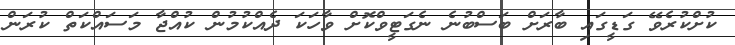
ކުށްކުރެވޭ ގަޑީގައި ބާރަށް ބަސްބުނެ ނެގަޓީވްކޮށް ވާހަކަ ދެއްކުމުން ކުއްޖާ މަސައްކަތް ކުރަން